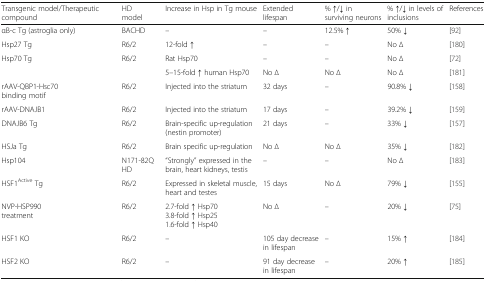
<table><thead><tr><td><b>Transgenic model/Therapeutic compound</b></td><td><b>HD model</b></td><td><b>Increase in Hsp in Tg mouse</b></td><td><b>Extended lifespan</b></td><td><b>% ↑/↓ in surviving neurons</b></td><td><b>% ↑/↓ in levels of inclusions</b></td><td><b>References</b></td></tr></thead><tbody><tr><td>αB-c Tg (astroglia only)</td><td>BACHD</td><td>–</td><td>–</td><td>12.5% ↑</td><td>50% ↓</td><td>[92]</td></tr><tr><td>Hsp27 Tg</td><td>R6/2</td><td>12-fold ↑</td><td>–</td><td>–</td><td>No ∆</td><td>[180]</td></tr><tr><td rowspan="2">Hsp70 Tg</td><td>R6/2</td><td>Rat Hsp70</td><td>–</td><td>–</td><td>No ∆</td><td>[72]</td></tr><tr><td></td><td>5–15-fold ↑ human Hsp70</td><td>No ∆</td><td>No ∆</td><td>No ∆</td><td>[181]</td></tr><tr><td>rAAV-QBP1-Hsc70 binding motif</td><td>R6/2</td><td>Injected into the striatum</td><td>32 days</td><td>–</td><td>90.8% ↓</td><td>[158]</td></tr><tr><td>rAAV-DNAJB1</td><td>R6/2</td><td>Injected into the striatum</td><td>17 days</td><td>–</td><td>39.2% ↓</td><td>[159]</td></tr><tr><td>DNAJB6 Tg</td><td>R6/2</td><td>Brain-specific up-regulation (nestin promoter)</td><td>21 days</td><td>–</td><td>33% ↓</td><td>[157]</td></tr><tr><td>HSJa Tg</td><td>R6/2</td><td>Brain specific up-regulation</td><td>No ∆</td><td>No ∆</td><td>35% ↓</td><td>[182]</td></tr><tr><td>Hsp104</td><td>N171-82Q HD</td><td>“Strongly” expressed in the brain, heart kidneys, testis</td><td>–</td><td>–</td><td>No ∆</td><td>[183]</td></tr><tr><td>HSF1<sup>Active</sup> Tg</td><td>R6/2</td><td>Expressed in skeletal muscle, heart and testes</td><td>15 days</td><td>No ∆</td><td>79% ↓</td><td>[155]</td></tr><tr><td>NVP-HSP990 treatment</td><td>R6/2</td><td>2.7-fold ↑ Hsp703.8-fold ↑ Hsp251.6-fold ↑ Hsp40</td><td>No ∆</td><td>–</td><td>20% ↓</td><td>[75]</td></tr><tr><td>HSF1 KO</td><td>R6/2</td><td>–</td><td>105 day decrease in lifespan</td><td>–</td><td>15% ↑</td><td>[184]</td></tr><tr><td>HSF2 KO</td><td>R6/2</td><td>–</td><td>91 day decrease in lifespan</td><td>–</td><td>20% ↑</td><td>[185]</td></tr></tbody></table>